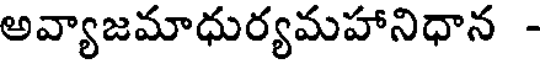
అవ్యాజమాధుర్యమహానిధాన -